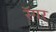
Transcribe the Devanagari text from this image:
रॅगर